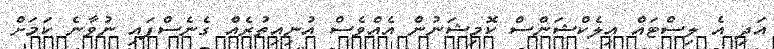
އަދި އެ ލިސްޓައް އިލެކްޝަންސް ކޮމިޝަނުން އެއްވެސް އުނިއިތުރެއް ގެނެސްފައި ނުވާނެ ކަމަށް